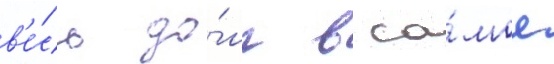
в'е́сь до́лг в са́мое